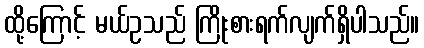
ထို့ကြောင့် မယ်ဥသည် ကြိုးစားရက်လျက်ရှိပါသည်။